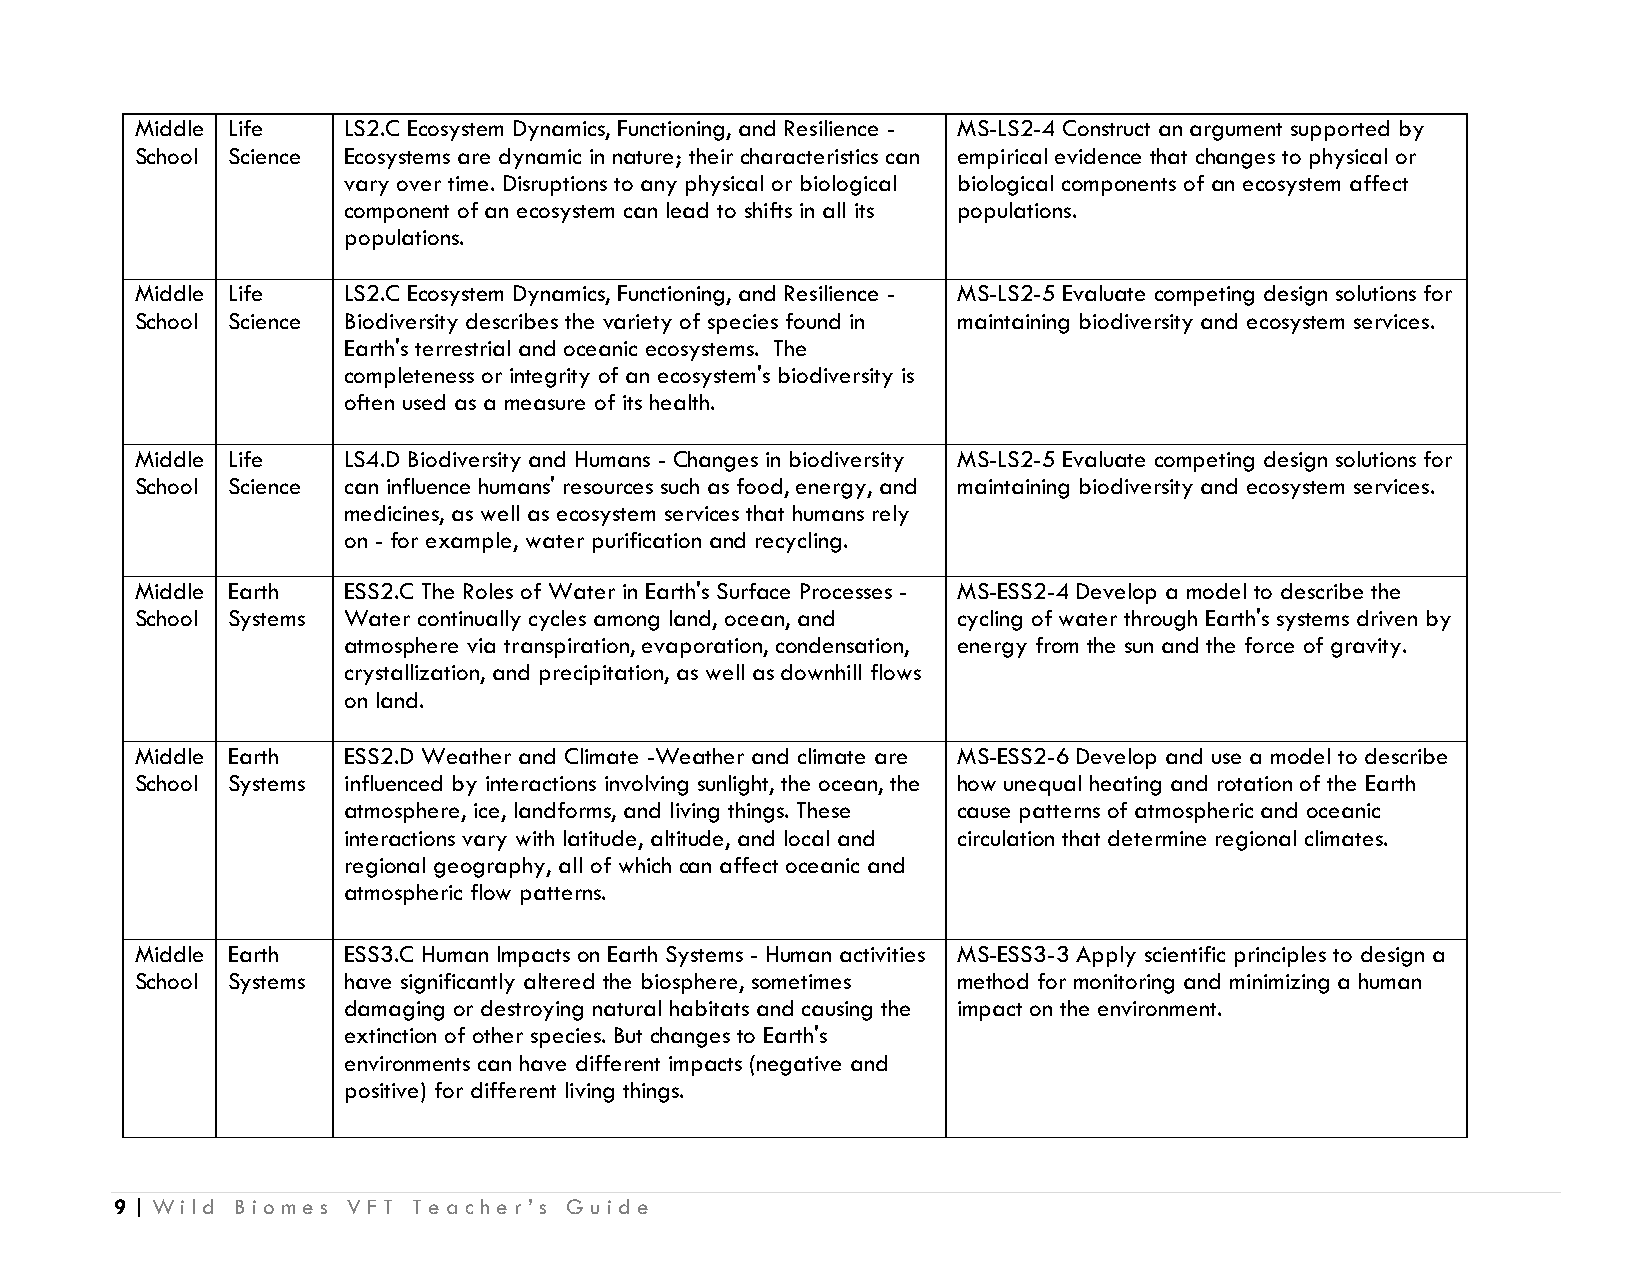
Middle Life   LS2.C Ecosystem Dynamics, Functioning, and Resilience - MS-LS2-4 Construct an argument supported by
 School Science Ecosystems are dynamic in nature; their characteristics can empirical evidence that changes to physical or
 vary over time. Disruptions to any physical or biological biological components of an ecosystem affect
 component of an ecosystem can lead to shifts in all its populations.
 populations.
 Middle Life   LS2.C Ecosystem Dynamics, Functioning, and Resilience - MS-LS2-5 Evaluate competing design solutions for
 School Science Biodiversity describes the variety of species found in maintaining biodiversity and ecosystem services.
 Earth's terrestrial and oceanic ecosystems. The
 completeness or integrity of an ecosystem's biodiversity is
 often used as a measure of its health.
 Middle Life   LS4.D Biodiversity and Humans - Changes in biodiversity MS-LS2-5 Evaluate competing design solutions for
 School Science can influence humans' resources such as food, energy, and maintaining biodiversity and ecosystem services.
 medicines, as well as ecosystem services that humans rely
 on - for example, water purification and recycling.
 Middle Earth  ESS2.C The Roles of Water in Earth's Surface Processes - MS-ESS2-4 Develop a model to describe the
 School Systems Water continually cycles among land, ocean, and cycling of water through Earth's systems driven by
 atmosphere via transpiration, evaporation, condensation, energy from the sun and the force of gravity.
 crystallization, and precipitation, as well as downhill flows
 on land.
 Middle Earth  ESS2.D Weather and Climate -Weather and climate are MS-ESS2-6 Develop and use a model to describe
 School Systems influenced by interactions involving sunlight, the ocean, the how unequal heating and rotation of the Earth
 atmosphere, ice, landforms, and living things. These cause patterns of atmospheric and oceanic
 interactions vary with latitude, altitude, and local and circulation that determine regional climates.
 regional geography, all of which can affect oceanic and
 atmospheric flow patterns.
 Middle Earth  ESS3.C Human Impacts on Earth Systems - Human activities MS-ESS3-3 Apply scientific principles to design a
 School Systems have significantly altered the biosphere, sometimes method for monitoring and minimizing a human
 damaging or destroying natural habitats and causing the impact on the environment.
 extinction of other species. But changes to Earth's
 environments can have different impacts (negative and
 positive) for different living things.
 9 | Wild Biomes VFT Teacher’s Guide